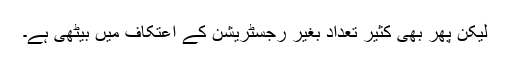
لیکن پھر بھی کثیر تعداد بغیر رجسٹریشن کے اعتکاف میں بیٹھی ہے۔